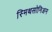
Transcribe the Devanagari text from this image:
स्मिथसोनिअन